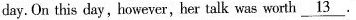
day. On this day, however, her talk was worth \underline{13}